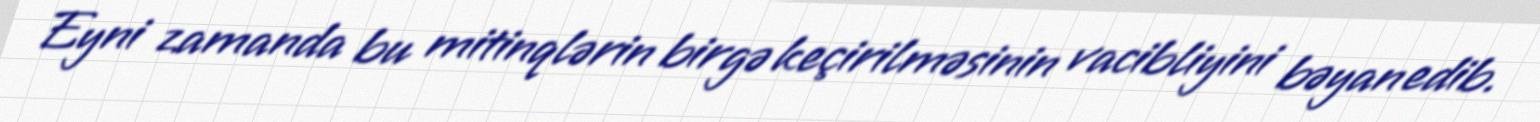
Eyni zamanda bu mitinqlərin birgə keçirilməsinin vacibliyini bəyan edib.